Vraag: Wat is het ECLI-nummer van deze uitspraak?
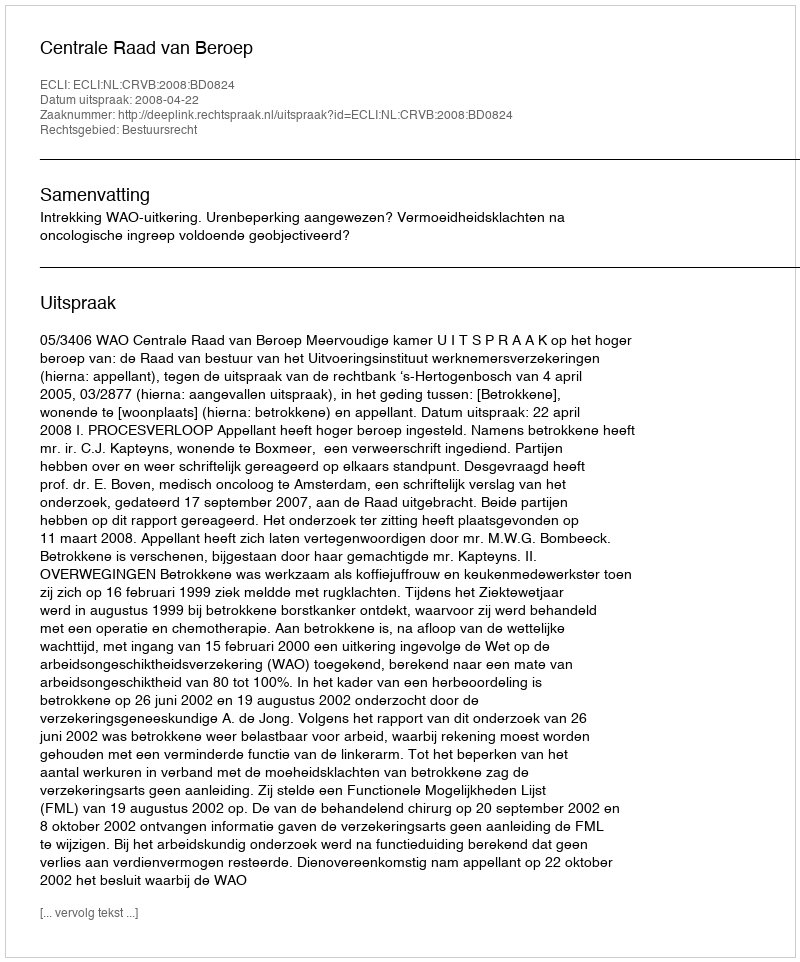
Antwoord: ECLI:NL:CRVB:2008:BD0824